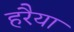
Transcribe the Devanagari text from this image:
हरैया